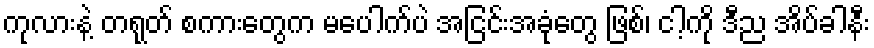
ကုလားနဲ့ တရုတ် စကားတွေက မပေါက်ပဲ အငြင်းအခုံတွေ ဖြစ်၊ ငါ့ကို ဒီည အိပ်ခါနီး